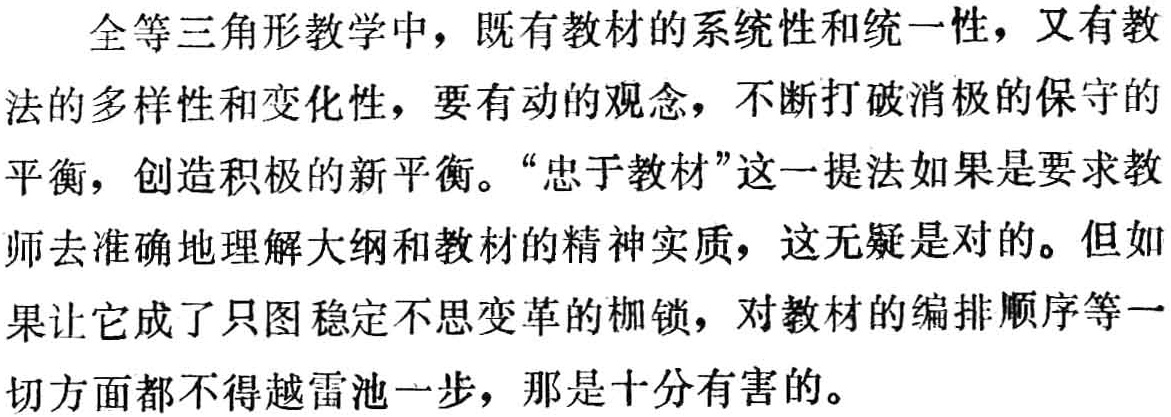
全等三角形教学中，既有教材的系统性和统一性，又有教法的多样性和变化性，要有动的观念，不断打破消极的保守的平衡，创造积极的新平衡。“忠于教材”这一提法如果是要求教师去准确地理解大纲和教材的精神实质，这无疑是对的。但如果让它成了只图稳定不思变革的枷锁，对教材的编排顺序等一切方面都不得越雷池一步，那是十分有害的。